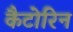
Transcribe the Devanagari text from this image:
कैटोरिन